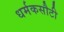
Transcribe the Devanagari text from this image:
धर्मकसौटी